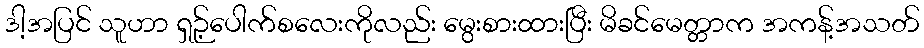
ဒါ့အပြင် သူဟာ ရှဉ့်ပေါက်စလေးကိုလည်း မွေးစားထားပြီး မိခင်မေတ္တာက အကန့်အသတ်